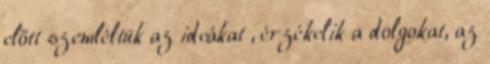
előtt szemléltük az ideákat , érzékelik a dolgokat, az